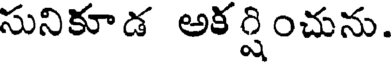
సునికూడ అక ర్షించును.